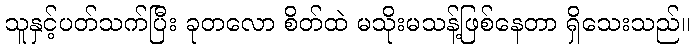
သူနှင့်ပတ်သက်ပြီး ခုတလော စိတ်ထဲ မသိုးမသန့်ဖြစ်နေတာ ရှိသေးသည်။